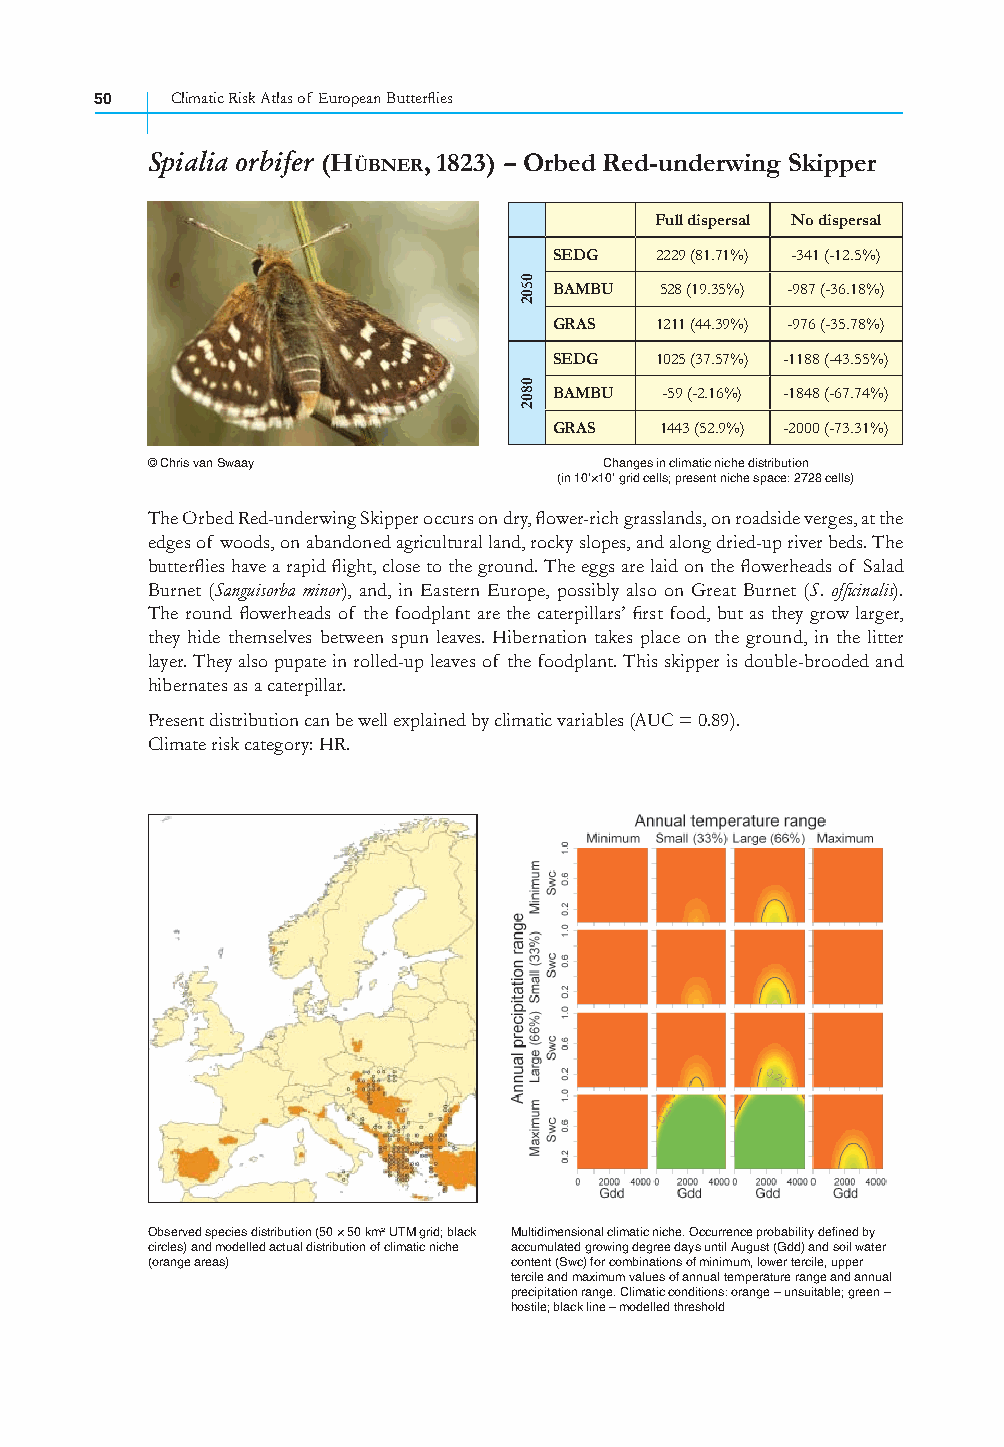
50   Climatic Risk Atlas of European Butterfl ies
 Spialia orbifer (HÜBNER, 1823) – Orbed Red-underwing Skipper
 Full dispersal No dispersal
 SEDG  2229 (81.71%) -341 (-12.5%)
 BAMBU  528 (19.35%) -987 (-36.18%)
 GRAS  1211 (44.39%) -976 (-35.78%)
 SEDG  1025 (37.57%) -1188 (-43.55%)
 BAMBU  -59 (-2.16%) -1848 (-67.74%)
 GRAS   1443 (52.9%) -2000 (-73.31%)
 © Chris van Swaay             Changes in climatic niche distribution
 (in 10’×10’ grid cells; present niche space: 2728 cells)
 The Orbed Red-underwing Skipper occurs on dry, fl ower-rich grasslands, on roadside verges, at the
 edges of woods, on abandoned agricultural land, rocky slopes, and along dried-up river beds. The
 butterfl ies have a rapid fl ight, close to the ground. The eggs are laid on the fl owerheads of Salad
 Burnet (Sanguisorba minor), and, in Eastern Europe, possibly also on Great Burnet (S. offi cinalis).
 The round fl owerheads of the foodplant are the caterpillars’ fi rst food, but as they grow larger,
 they hide themselves between spun leaves. Hibernation takes place on the ground, in the litter
 layer. They also pupate in rolled-up leaves of the foodplant. This skipper is double-brooded and
 hibernates as a caterpillar.
 Present distribution can be well explained by climatic variables (AUC = 0.89).
 Climate risk category: HR.
 Observed species distribution (50 × 50 km² UTM grid; black Multidimensional climatic niche. Occurrence probability defined by
 circles) and modelled actual distribution of climatic niche accumulated growing degree days until August (Gdd) and soil water
 (orange areas)          content (Swc) for combinations of minimum, lower tercile, upper
 tercile and maximum values of annual temperature range and annual
 precipitation range. Climatic conditions: orange – unsuitable; green –
 hostile; black line – modelled threshold
 0502
 0802